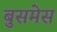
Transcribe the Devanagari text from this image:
बुसमेस